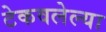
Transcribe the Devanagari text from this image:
टेकवलेल्या